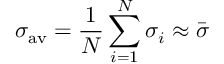
\sigma _ { \mathrm { a v } } = \frac { 1 } { N } \sum _ { i = 1 } ^ { N } \sigma _ { i } \approx \bar { \sigma }